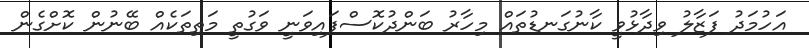
އަހުމަދު ފަޒާލު ވިދާޅުވީ ކާނުގަނޑުތައް މިހާރު ބަންދުކޮސްފައިވަނީ ވަގުތީ މަތިތަކެއް ބޭނުން ކޮށްގެން